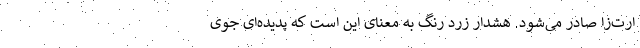
ارت‌زا صادر می‌شود. هشدار زرد رنگ به معنای این است که پدیده‌ای جوی